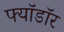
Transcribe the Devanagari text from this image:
फ्यॉडॉर